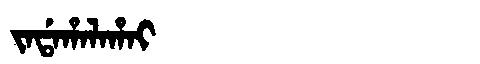
Manchu: ᠵᠠᡩᠠᡥᠠᠯᠠᡥᠠᡳ
Romanization: JADAHALAHAI